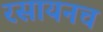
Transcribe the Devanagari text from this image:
रसायनच